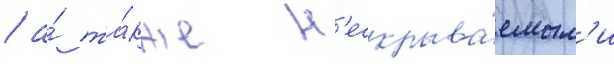
/ а́ та́кже н'ескрыва́емым'и